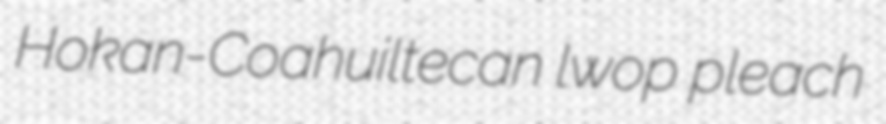
Hokan-Coahuiltecan lwop pleach